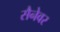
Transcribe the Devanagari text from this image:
सैनेवर